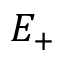
E _ { + }